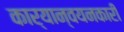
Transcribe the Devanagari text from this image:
कार्यान्‍वयनकारी